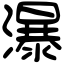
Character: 瀑